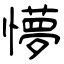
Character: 懜